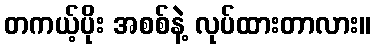
တကယ့်ပိုး အစစ်နဲ့ လုပ်ထားတာလား။